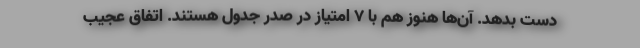
دست بدهد. آن‌ها هنوز هم با 7 امتیاز در صدر جدول هستند. اتفاق عجیب